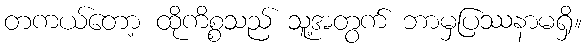
တကယ်တော့ ထိုကိစ္စသည် သူ့အတွက် ဘာမှပြဿနာမရှိ။